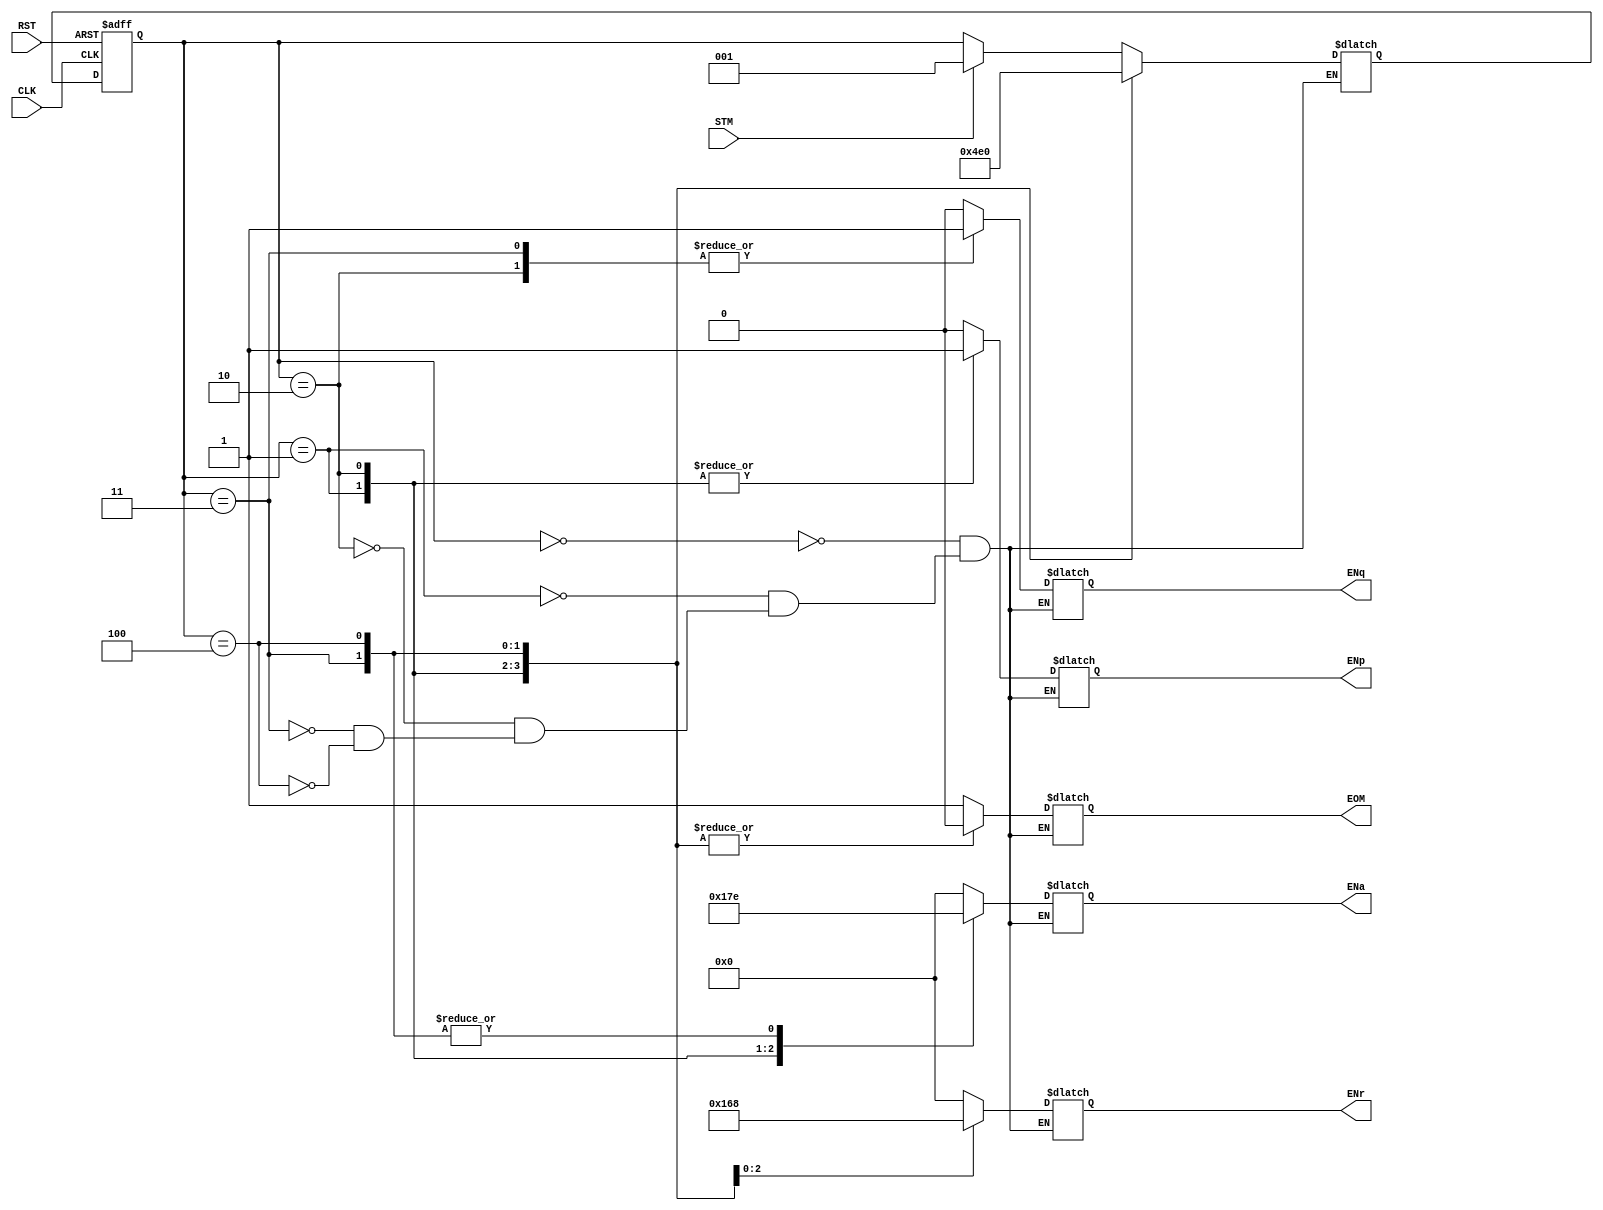
module FSM_Ctrol_1 (
	input			RST,	
	input			CLK,	
	input			STM,	
	output reg		ENp,	
	output reg		ENq,	
	output reg[3:0]	ENa,	
	output reg[3:0]	ENr,	
	output reg		EOM		
	);	
	reg[2:0]	Qp,Qn;
	always @ *
	begin : Combinacional 
		case (Qp)
			3'b000 : begin	
				if (STM)
					Qn = 3'b001; 
				else
					Qn = Qp;
				ENp = 1'b0;	
				ENq = 1'b0;	  
				ENa = 4'b0000;	
				ENr = 4'b0000;	
				EOM = 1'b1;
			end
			3'b001 : begin
				Qn  = 3'b010;
				ENp = 1'b1;	
				ENq = 1'b0;	
				ENa = 4'b0001;
				ENr = 4'b0000;	
				EOM = 1'b0;
			end
			3'b010 : begin
				Qn  = 3'b011;
				ENp = 1'b1;	
				ENq = 1'b1;	 
				ENa = 4'b0111;
				ENr = 4'b0001;	
				EOM = 1'b0;
			end	  
			3'b011 : begin
				Qn  = 3'b100;
				ENp = 1'b0; 
				ENq = 1'b1;
				ENa = 4'b1110;
				ENr = 4'b0110;	
				EOM = 1'b0;
			end	  
			3'b100 : begin
				Qn  = 3'b000;
				ENp = 1'b0;  
				ENq = 1'b0;	
				ENa = 4'b1110; 
				ENr = 4'b1000;	
				EOM = 1'b0;
			end	
		endcase
	end
	always @ (posedge RST or posedge CLK)
	begin : Secuencial 
		if (RST)
			Qp <= 0;
		else
			Qp <= Qn;
	end
endmodule